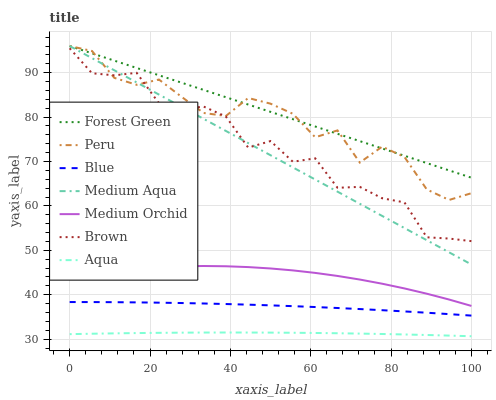
| xaxis_label | Forest Green | Peru | Blue | Medium Aqua | Medium Orchid | Brown | Aqua |
 | --- | --- | --- | --- | --- | --- | --- | --- |
 | 0 | 96 | 96 | 38.4 | 96 | 44.2 | 95.5 | 31.1 |
 | 5.56 | 94.4 | 94.9 | 38.4 | 93.3 | 44.9 | 89.9 | 31.2 |
 | 11.1 | 92.7 | 88.8 | 38.3 | 90.5 | 45.5 | 89.4 | 31.3 |
 | 16.7 | 91.1 | 87.3 | 38.3 | 87.8 | 45.9 | 90 | 31.4 |
 | 22.2 | 89.4 | 88.5 | 38.2 | 85.1 | 46.2 | 83.1 | 31.4 |
 | 27.8 | 87.8 | 84.6 | 38.1 | 82.3 | 46.4 | 81.7 | 31.5 |
 | 33.3 | 86.1 | 80.9 | 38 | 79.6 | 46.5 | 82.4 | 31.5 |
 | 38.9 | 84.5 | 80.3 | 37.9 | 76.9 | 46.4 | 80.1 | 31.5 |
 | 44.4 | 82.8 | 84.3 | 37.8 | 74.1 | 46.2 | 73.1 | 31.5 |
 | 50 | 81.2 | 83 | 37.6 | 71.4 | 45.9 | 74.6 | 31.5 |
 | 55.6 | 79.5 | 80.7 | 37.4 | 68.7 | 45.5 | 69.9 | 31.4 |
 | 61.1 | 77.9 | 75.5 | 37.2 | 65.9 | 44.9 | 70.7 | 31.4 |
 | 66.7 | 76.2 | 77 | 37 | 63.2 | 44.2 | 64.1 | 31.3 |
 | 72.2 | 74.6 | 69.8 | 36.8 | 60.5 | 43.4 | 64.3 | 31.3 |
 | 77.8 | 72.9 | 73.3 | 36.5 | 57.7 | 42.5 | 61.7 | 31.2 |
 | 83.3 | 71.3 | 71 | 36.2 | 55 | 41.4 | 60.8 | 31.1 |
 | 88.9 | 69.6 | 63.7 | 36 | 52.3 | 40.2 | 52.9 | 30.9 |
 | 94.4 | 68 | 61.3 | 35.6 | 49.6 | 38.9 | 52.7 | 30.8 |
 | 100 | 66.3 | 62.9 | 35.3 | 46.8 | 37.5 | 52.1 | 30.7 |